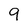
Character: 9